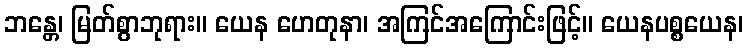
ဘန္တေ၊ မြတ်စွာဘုရား။ ယေန ဟေတုနာ၊ အကြင်အကြောင်းဖြင့်။ ယေနပစ္စယေန၊